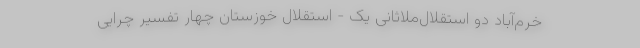
خرم‌آباد دو استقلال‌ملاثانی یک - استقلال خوزستان چهار تفسیر چرایی